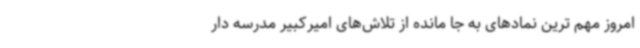
امروز مهم ترین نمادهای به جا مانده از تلاش‌های امیرکبیر مدرسه دار